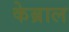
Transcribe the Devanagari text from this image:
केब्राल